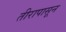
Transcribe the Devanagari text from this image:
तीरापासून